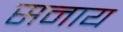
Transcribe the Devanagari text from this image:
सनाय